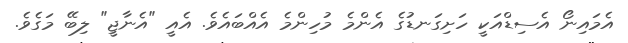
އެމައިނޯ އެސިޑްއަކީ ހަށިގަނޑުގެ އެންމެ މުހިންމެ އެއްބައެވެ. އެއީ "އެނާޖީ" ލިބޭ މަގެވެ.